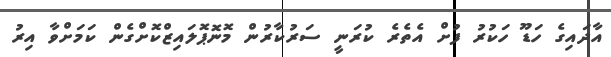
އާދައިގެ ހަޑޫ ހަކުރު ފުށް އެތެރެ ކުރަނީ ސަރުކާރުން މޮނޮޕޮލައިޒްކޮށްގެން ކަމަށްވާ އިރު